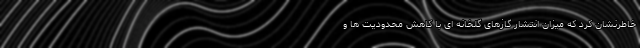
خاطرنشان کرد که میزان انتشار گازهای گلخانه ای با کاهش محدودیت ها و